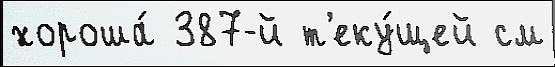
хороша́ 387-й т'еку́щей см